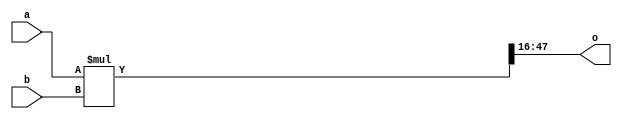
module fixpmul
(
    input signed [31 : 0] a,
    input signed [31 : 0] b,
    output signed [31 : 0] o
);
 wire signed [63 : 0] long;
    assign long = a * b;
    assign o = long >>> 16;
endmodule